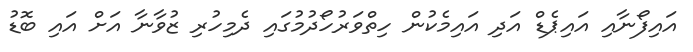
އައިފޯނާއި އައިޕެޑް އަދި އައިމެކުން ހިތްވަރުހޯދުމުގައި ދެމިހުރި ޒުވާނާ އަށް އައި ބޮޑު